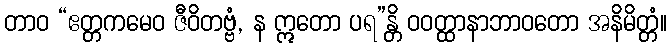
တာဝ “ဧတ္တကမေဝ ဇီဝိတဗ္ဗံ, န ဣတော ပရ”န္တိ ဝဝတ္ထာနာဘာဝတော အနိမိတ္တံ။